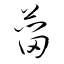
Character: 葘